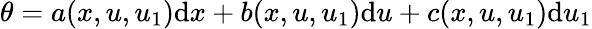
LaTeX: \theta=a(x,u,u_{1})\mathrm{d}x+b(x,u,u_{1})\mathrm{d}u+c(x,u,u_{1})\mathrm{d}u_{1}